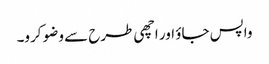
واپس جاؤ اور اچھی طرح سے وضو کرو۔